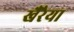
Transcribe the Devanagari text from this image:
खैरैया